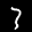
Label: 3